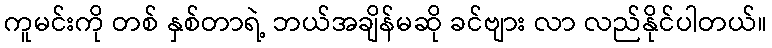
ကူမင်းကို တစ် နှစ်တာရဲ့ ဘယ်အချိန်မဆို ခင်ဗျား လာ လည်နိုင်ပါတယ်။